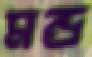
মন্দ্র